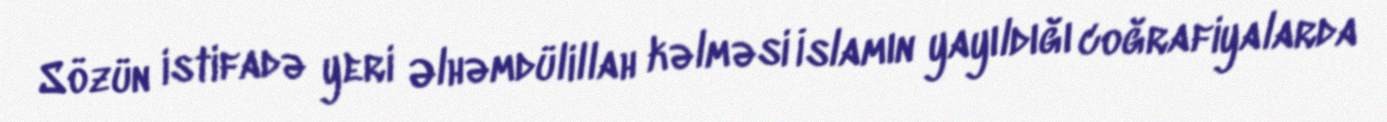
Sözün istifadə yeri Əlhəmdülillah kəlməsi İslamın yayıldığı coğrafiyalarda